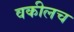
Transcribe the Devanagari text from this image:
वकीलच